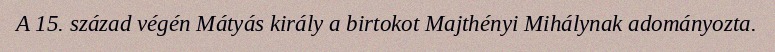
A 15. század végén Mátyás király a birtokot Majthényi Mihálynak adományozta.